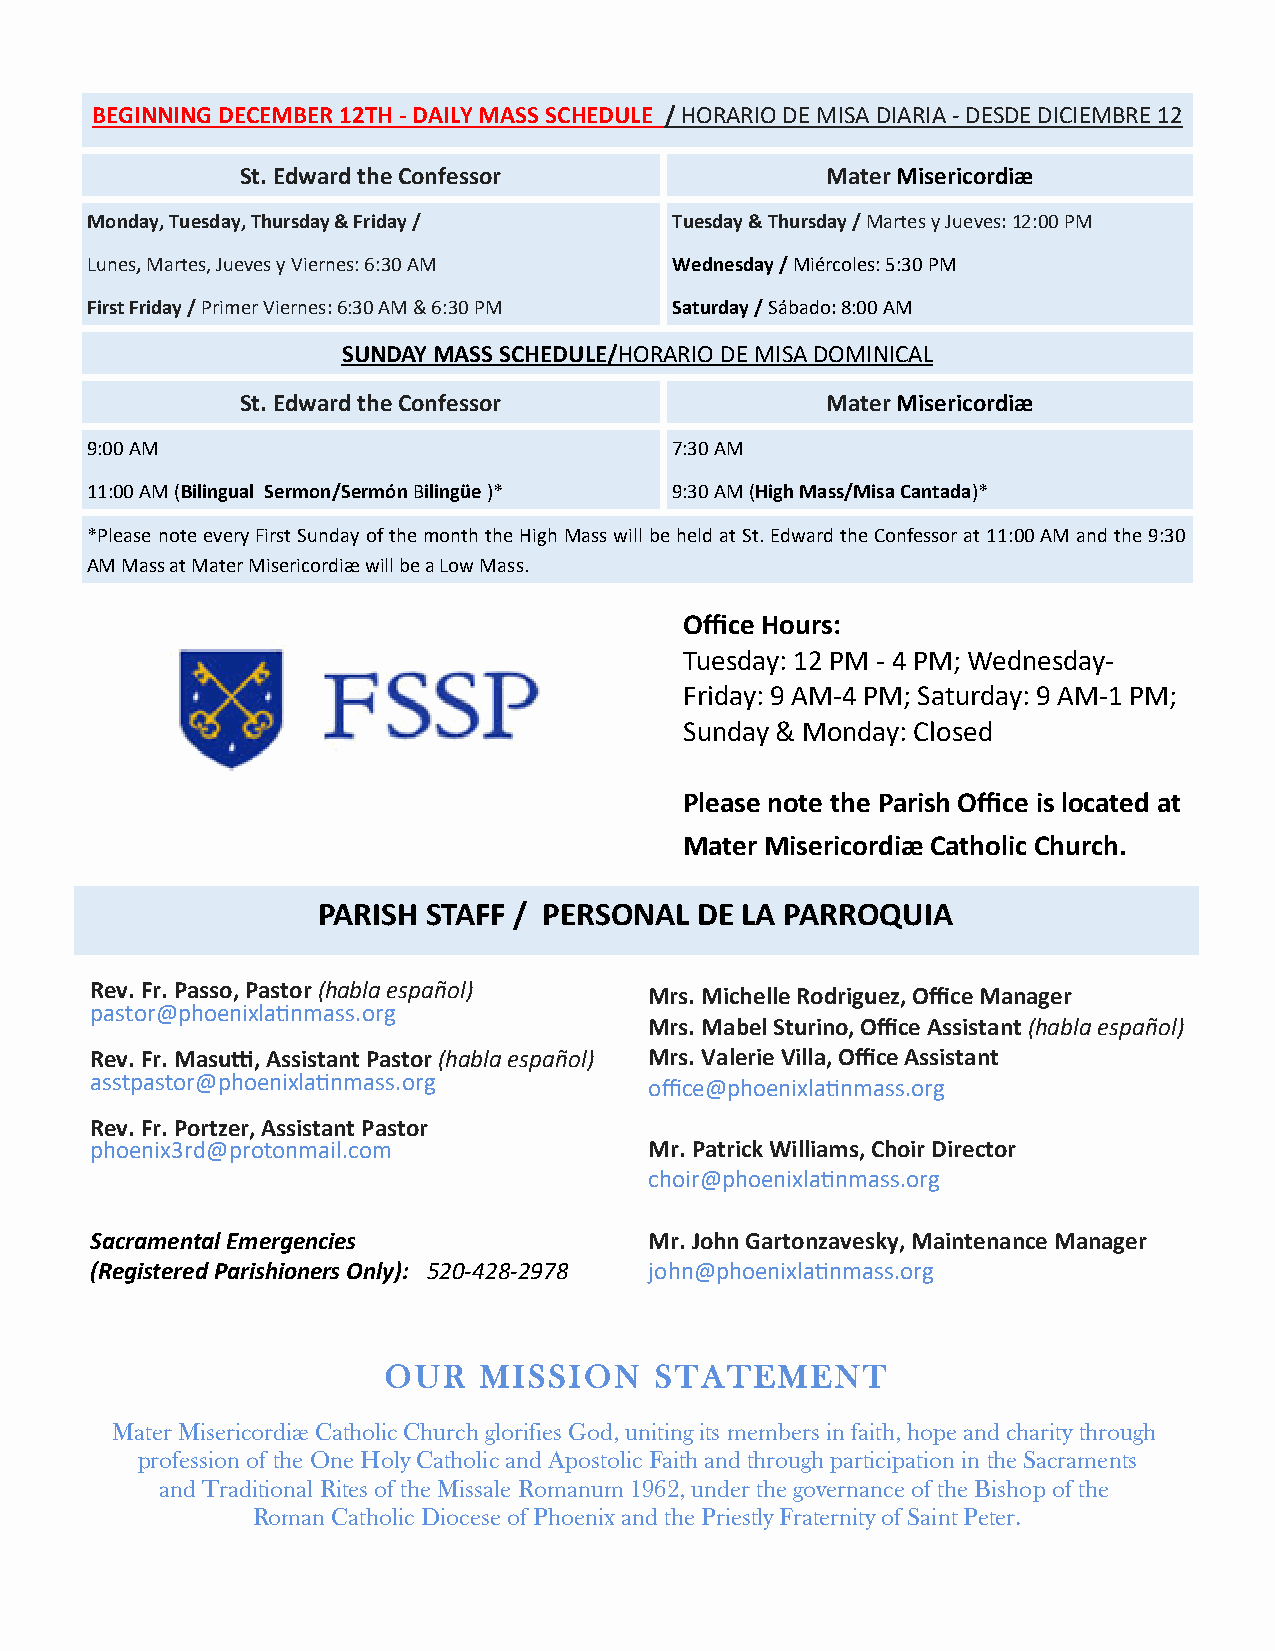
BEGINNING DECEMBER 12TH - DAILY MASS SCHEDULE / HORARIO DE MISA DIARIA - DESDE DICIEMBRE 12
 St. Edward the Confessor               Mater Misericordiæ
 Monday, Tuesday, Thursday & Friday /   Tuesday & Thursday / Martes y Jueves: 12:00 PM
 Lunes, Martes, Jueves y Viernes: 6:30 AM Wednesday / Miércoles: 5:30 PM
 First Friday / Primer Viernes: 6:30 AM & 6:30 PM Saturday / Sábado: 8:00 AM
 SUNDAY MASS SCHEDULE/HORARIO DE MISA DOMINICAL
 St. Edward the Confessor               Mater Misericordiæ
 9:00 AM                                7:30 AM
 11:00 AM (Bilingual Sermon/Sermón Bilingüe )* 9:30 AM (High Mass/Misa Cantada)*
 *Please note every First Sunday of the month the High Mass will be held at St. Edward the Confessor at 11:00 AM and the 9:30
 AM Mass at Mater Misericordiæ will be a Low Mass.
 Office Hours:
 Tuesday: 12 PM - 4 PM; Wednesday-
 Friday: 9 AM-4 PM; Saturday: 9 AM-1 PM;
 Sunday & Monday: Closed
 Please note the Parish Office is located at
 Mater Misericordiæ Catholic Church.
 PARISH STAFF / PERSONAL  DE LA PARROQUIA
 Rev. Fr. Passo, Pastor (habla español) Mrs. Michelle Rodriguez, Office Manager
 pastor@phoenixlatinmass.org
 Mrs. Mabel Sturino, Office Assistant (habla español)
 Rev. Fr. Masutti, Assistant Pastor (habla español) Mrs. Valerie Villa, Office Assistant
 asstpastor@phoenixlatinmass.org      office@phoenixlatinmass.org
 Rev. Fr. Portzer, Assistant Pastor
 phoenix3rd@protonmail.com            Mr. Patrick Williams, Choir Director
 choir@phoenixlatinmass.org
 Sacramental Emergencies              Mr. John Gartonzavesky, Maintenance Manager
 (Registered Parishioners Only): 520-428-2978 john@phoenixlatinmass.org
 OUR    MISSION    STATEMENT
 Mater Misericordiæ Catholic Church glorifies God, uniting its members in faith, hope and charity through
 profession of the One Holy Catholic and Apostolic Faith and through participation in the Sacraments
 and Traditional Rites of the Missale Romanum 1962, under the governance of the Bishop of the
 Roman Catholic Diocese of Phoenix and the Priestly Fraternity of Saint Peter.